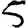
Digit: 5